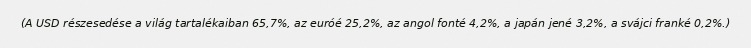
(A USD részesedése a világ tartalékaiban 65,7%, az euróé 25,2%, az angol fonté 4,2%, a japán jené 3,2%, a svájci franké 0,2%.)